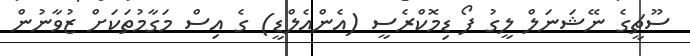
ސޫޗީގެ ނޭޝަނަލް ލީގު ފޯ ޑިމޮކްރެސީ (އެންއެލްޑީ) ގެ އިސް މަގާމުތަކަށް ޒުވާނުން